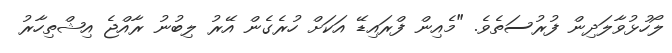
ލޯހުޅުވާލަދިން ފުރުސަތެވެ. "މެއިން ފްރައިޑޭ އަކަށް ހުރެގެން އޭރު ލިބުނު ރާއްޖެ އިޝްތިހާރު